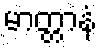
မာတ္တာနံ